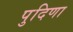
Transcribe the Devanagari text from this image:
पुदिणा